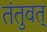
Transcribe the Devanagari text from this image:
तंतुवत्